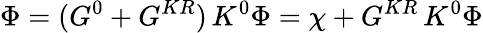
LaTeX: \Phi=(G^{0}+G^{KR})\, K^{0}\Phi=\chi+G^{KR}\, K^{0}\Phi